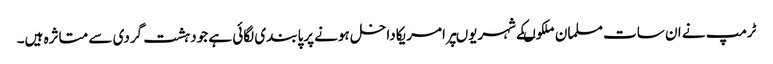
ٹرمپ نے ان سات مسلمان ملکوںکے شہریوںپرامریکاداخل ہونے پرپابندی لگائی ہے جودہشت گردی سے متاثرہ ہیں۔